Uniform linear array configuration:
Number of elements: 64
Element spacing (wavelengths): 0.5
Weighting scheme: exponential
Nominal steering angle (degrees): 45
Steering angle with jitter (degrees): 43.5
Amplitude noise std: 0.05
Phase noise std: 0.05

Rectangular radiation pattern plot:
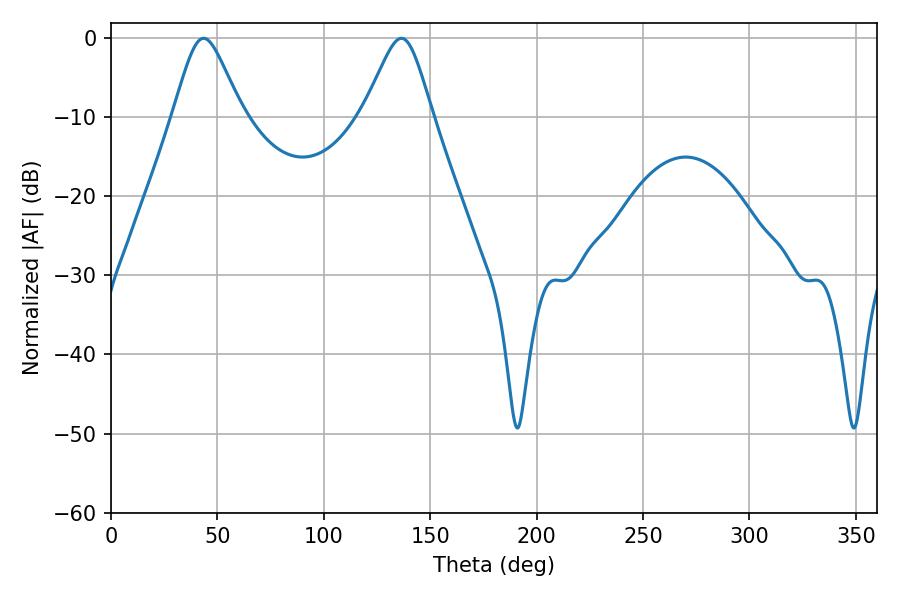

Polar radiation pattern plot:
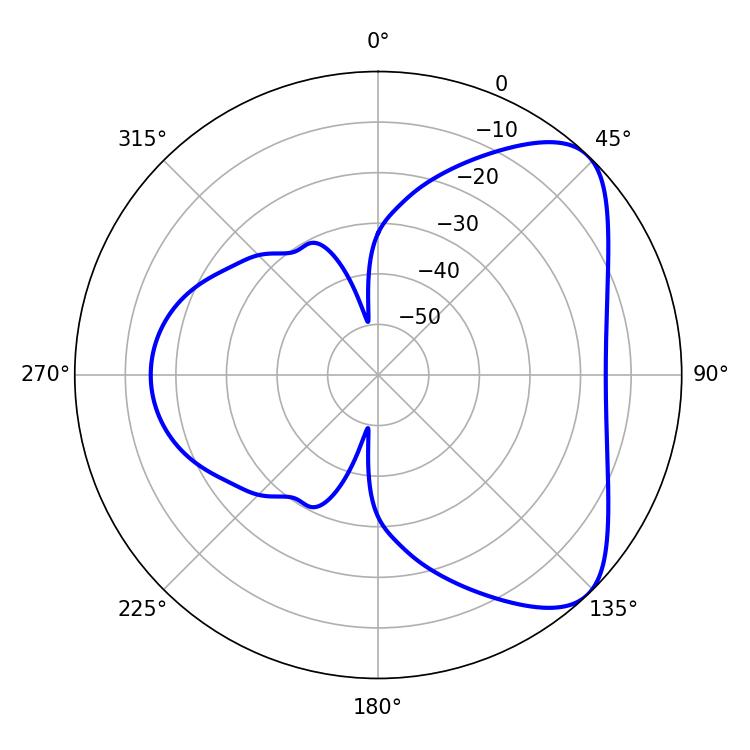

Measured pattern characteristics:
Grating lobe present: FALSE
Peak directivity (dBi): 6.349
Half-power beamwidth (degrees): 15.66
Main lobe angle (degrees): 43.56